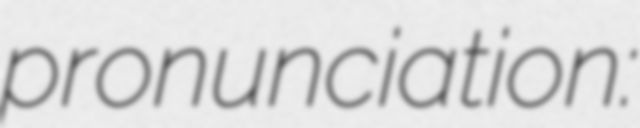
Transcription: pronunciation: